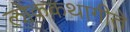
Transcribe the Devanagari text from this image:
लोककथागीते